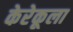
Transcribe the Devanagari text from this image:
केरेकूला